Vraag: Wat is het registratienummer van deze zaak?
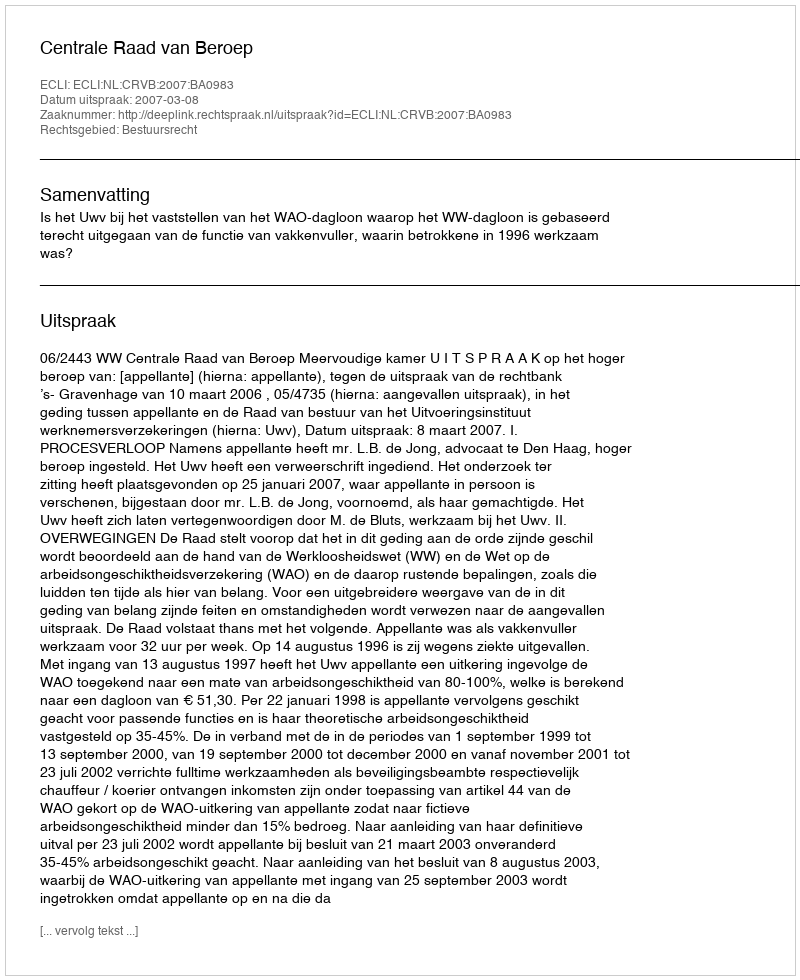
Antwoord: http://deeplink.rechtspraak.nl/uitspraak?id=ECLI:NL:CRVB:2007:BA0983